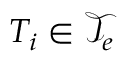
{ T _ { i } \in \mathcal { T } _ { e } }